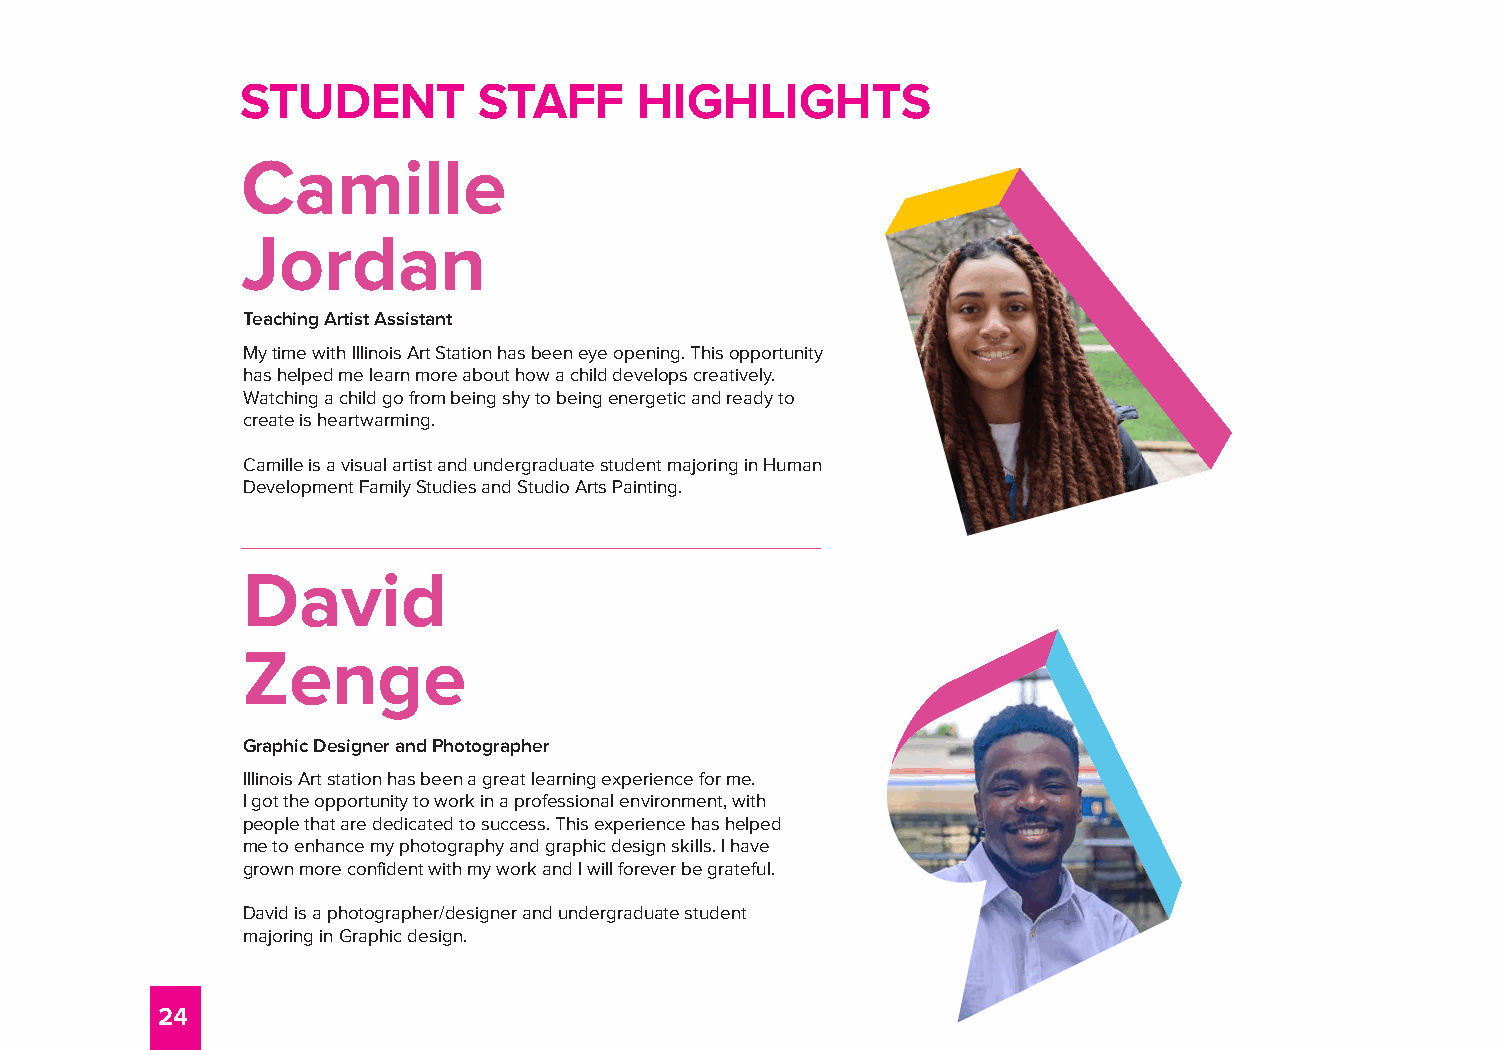
STUDENT         STAFF     HIGHLIGHTS
 Camille
 Jordan
 Teaching Artist Assistant
 My time with Illinois Art Station has been eye opening. This opportunity
 has helped me learn more about how a child develops creatively.
 Watching a child go from being shy to being energetic and ready to
 create is heartwarming.
 Camille is a visual artist and undergraduate student majoring in Human
 Development Family Studies and Studio Arts Painting.
 David
 Zenge
 Graphic Designer and Photographer
 Illinois Art station has been a great learning experience for me.
 I got the opportunity to work in a professional environment, with
 people that are dedicated to success. This experience has helped
 me to enhance my photography and graphic design skills. I have
 grown more confident with my work and I will forever be grateful.
 David is a photographer/designer and undergraduate student
 majoring in Graphic design.
 24